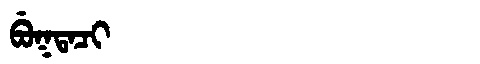
Manchu: ᠪᡠᡴᡨᠠᠴᡳ
Romanization: BUKTACI